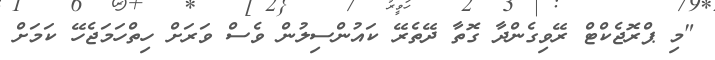
"މި ޕްރޮޖެކްޓް ރޭވިގެންދާ ގޮތާ ދޭތެރޭ ކައުންސިލުން ވެސް ވަރަށް ހިތްހަމަޖެހޭ ކަމަށް